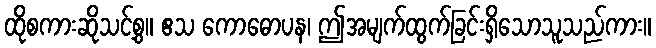
ထိုစကားဆိုသင့်စွ။ ဧသ ကောဓောပန၊ ဤအမျက်ထွက်ခြင်းရှိသောသူသည်ကား။